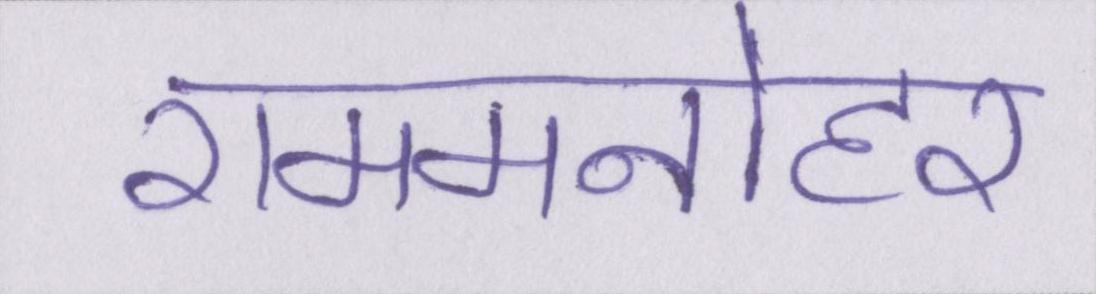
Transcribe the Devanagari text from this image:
राममनोहर